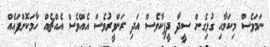
ނަމަވެސް މިކަމާއި ގުޅިގެން ސީދާ ދީޕިކާވެސް އަދި ރަންވީރުވެސް އެއްވެސް އެއްޗެއް ހާމަކޮށްފައެއް